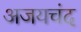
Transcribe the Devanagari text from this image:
अजयचंद